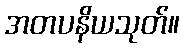
အတပနိယသုတ်။